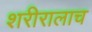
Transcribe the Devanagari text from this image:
शरीरालाच